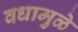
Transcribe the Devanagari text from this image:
वधामुळे